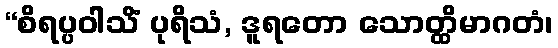
“စိရပ္ပဝါသိံ ပုရိသံ, ဒူရတော သောတ္ထိမာဂတံ၊